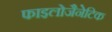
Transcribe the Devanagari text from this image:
फाइलोजैनेटिक